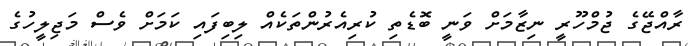
ރާއްޖޭގެ ޖުމްހޫރީ ނިޒާމަށް ވަނީ ބޮޑެތި ކުރިއެރުންތަކެއް ލިބިފައި ކަަމަށް ވެސް މަޖިލީހުގެ